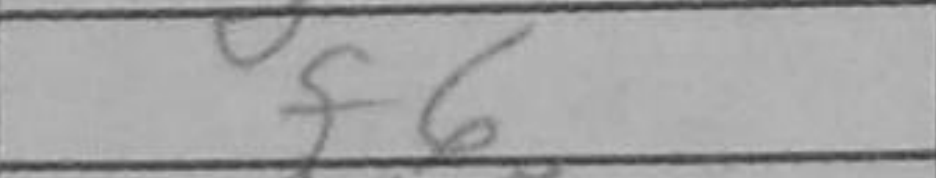
Transcription: f6